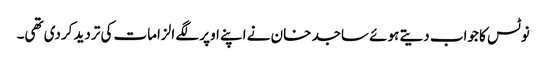
نوٹس کا جواب دیتے ہوئے ساجد خان نے اپنے اوپر لگے الزامات کی تردید کردی تھی۔